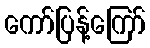
ကော်ပြန့်ကြော်